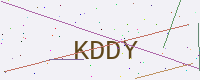
Text: KDDY